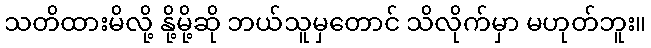
သတိထားမိလို့ နို့မို့ဆို ဘယ်သူမှတောင် သိလိုက်မှာ မဟုတ်ဘူး။